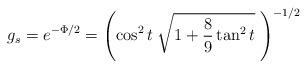
LaTeX: \begin{align*}g_s=e^{-\Phi/2}=\left(\cos^2 t \; \sqrt{1+\frac{8}{9}\tan^2 t }\;\right)^{-1/2}\end{align*}